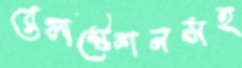
রেলস্টেশনসহ